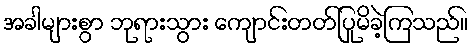
အခါများစွာ ဘုရားသွား ကျောင်းတတ်ပြုမိခဲ့ကြသည်။